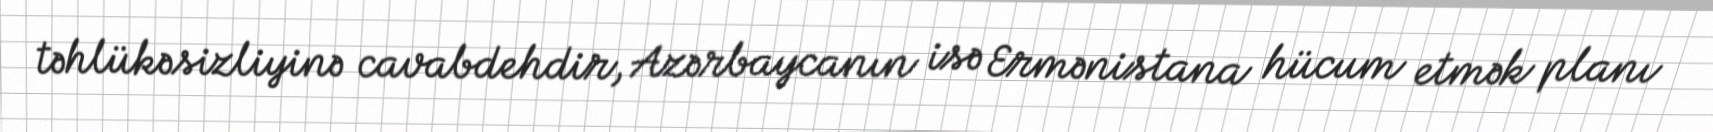
təhlükəsizliyinə cavabdehdir, Azərbaycanın isə Ermənistana hücum etmək planı